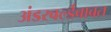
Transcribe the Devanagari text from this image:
अंडरवर्ल्डबाबत